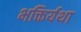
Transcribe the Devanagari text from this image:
भक्तिर्यथा